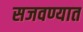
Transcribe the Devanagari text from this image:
सजवण्यात